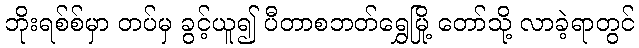
ဘိုးရစ်စ်မှာ တပ်မှ ခွင့်ယူ၍ ပီတာစဘတ်ရွှေမြို့ တော်သို့ လာခဲ့ရာတွင်